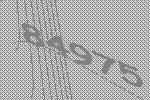
84975